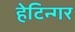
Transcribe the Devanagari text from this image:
हेटिन्गर